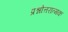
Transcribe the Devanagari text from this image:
प्रश्नोत्तरात्मक